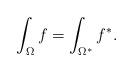
LaTeX: \begin{align*} \int_\Omega f = \int_{\Omega^*}f^*. \end{align*}